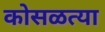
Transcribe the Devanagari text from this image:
कोसळत्या